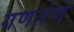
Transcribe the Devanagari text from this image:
गणतंण